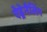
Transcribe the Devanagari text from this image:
ऐड्रेनैलिन